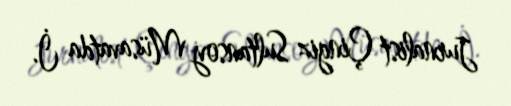
Jurnalist Çingiz Sultansoy Müsavatda İ.